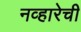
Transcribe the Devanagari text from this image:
नव्हारेची